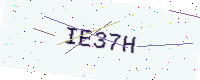
Text: IE37H